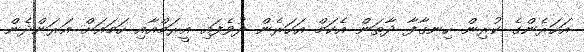
އަހަރެންގެ ކުރިން ހިނގާފާ ދާތަން އެކަމް އަހަރެން ދުވެފައި އީރަމްއާއި ހަމައަށް އަރަންދެން